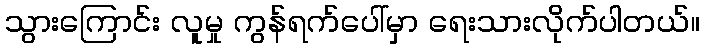
သွားကြောင်း လူမှု ကွန်ရက်ပေါ်မှာ ရေးသားလိုက်ပါတယ်။